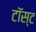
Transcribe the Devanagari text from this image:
टॉस्ट